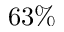
6 3 \%